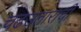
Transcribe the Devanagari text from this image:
चढउताराची